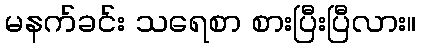
မနက်ခင်း သရေစာ စားပြီးပြီလား။